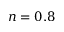
n = 0 . 8